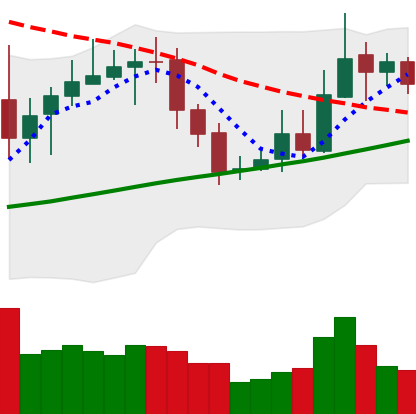
Ticker: XRP-USD
Chart end date: 2020-10-25
Forward return: -5.54%
Label: down_5_7